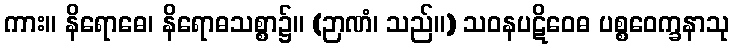
ကား။ နိရောဓေ၊ နိရောဓသစ္စာ၌။ (ဉာဏံ၊ သည်။) သဝနပဋိဝေဓ ပစ္စဝေက္ခနာသု